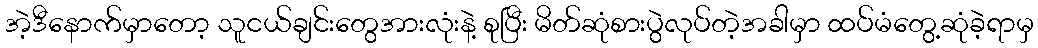
အဲ့ဒီနောက်မှာတော့ သူငယ်ချင်းတွေအားလုံးနဲ့ စုပြီး မိတ်ဆုံစားပွဲလုပ်တဲ့အခါမှာ ထပ်မံတွေ့ဆုံခဲ့ရာမှ